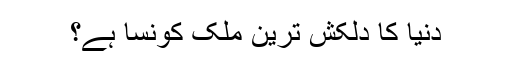
دنیا کا دلکش ترین ملک کونسا ہے؟